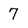
Character: 7